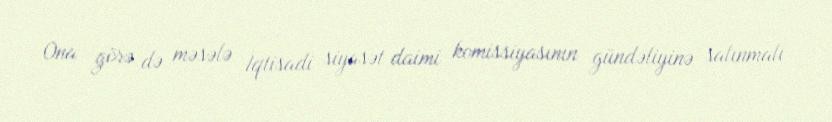
Ona görə də məsələ İqtisadi siyasət daimi komissiyasının gündəliyinə salınmalı